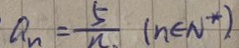
a _ { n } = \frac { 5 } { n } ( n \in N ^ { \ast } )